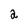
Character: 2